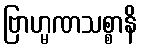
ဗြာဟ္မဏသစ္စာနိ